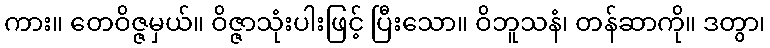
ကား။ တေဝိဇ္ဇမှယ်။ ဝိဇ္ဇာသုံးပါးဖြင့် ပြီးသော။ ဝိဘူသနံ၊ တန်ဆာကို။ ဒတွာ၊